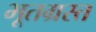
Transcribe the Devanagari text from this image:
भूतग्रस्त